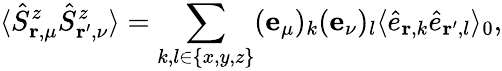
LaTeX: \langle\hat{S}_{\mathbf{r},\mu}^{z}\hat{S}_{\mathbf{r^{\prime}},\nu}^{z}\rangle=\sum_{k,l\in\{ x,y,z\} }(\mathbf{e}_{\mu})_{k}(\mathbf{e}_{\nu})_{l}\langle\hat{e}_{\mathbf{r},k}\hat{e}_{\mathbf{r}^{\prime},l}\rangle_{0},